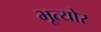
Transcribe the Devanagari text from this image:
भूत्योर